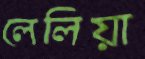
লেলিয়া